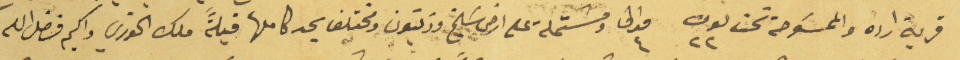
قرية ارده والممسَوحة تحت لون ٢٢ مدالى ٤ ومشتملة على ارض سَليخ وزيتون ومختلف يحد كاملها قبلةً ملك الخوري واكيم فضل الله